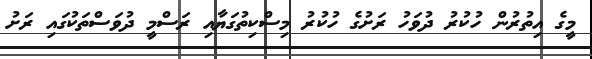
މީގެ އިތުރުން ހުކުރު ދުވަހު ރަށުގެ ހުކުރު މިސްކިތުގަޔާއި ރަސްމީ ދުވަސްތަކުގައި ރަށު